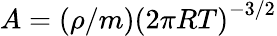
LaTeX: A=({\rho}/{m})\left({2\pi RT}\right)^{-3/2}